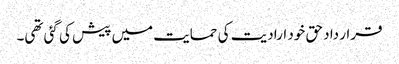
قرار داد حق خود ارادیت کی حمایت میں پیش کی گئی تھی۔